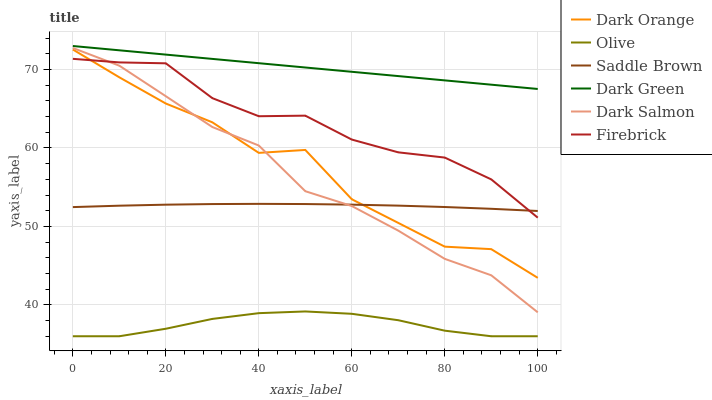
| xaxis_label | Dark Orange | Olive | Saddle Brown | Dark Green | Dark Salmon | Firebrick |
 | --- | --- | --- | --- | --- | --- | --- |
 | 0 | 72.6 | 36 | 52.5 | 73 | 72.7 | 71.4 |
 | 10 | 69 | 36 | 52.6 | 72.5 | 70.5 | 70.9 |
 | 20 | 65.7 | 37 | 52.8 | 71.9 | 66.6 | 70.8 |
 | 30 | 63.3 | 38.2 | 52.9 | 71.4 | 62.7 | 66.4 |
 | 40 | 59.4 | 38.9 | 52.9 | 70.8 | 60.3 | 64 |
 | 50 | 59.7 | 39.2 | 52.9 | 70.3 | 54.5 | 64.1 |
 | 60 | 53.5 | 38.9 | 52.8 | 69.7 | 52.6 | 61.1 |
 | 70 | 50.4 | 38 | 52.7 | 69.2 | 49.5 | 59.4 |
 | 80 | 47.4 | 36.7 | 52.5 | 68.6 | 45.9 | 58.8 |
 | 90 | 47.1 | 36 | 52.2 | 68.1 | 43.8 | 56 |
 | 100 | 43.4 | 36 | 52 | 67.5 | 39 | 51.1 |